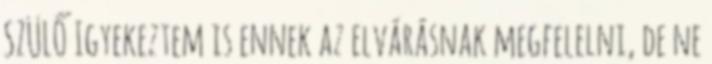
SZÜLŐ Igyekeztem is ennek az elvárásnak megfelelni, de ne